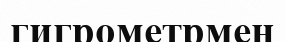
гигрометрмен